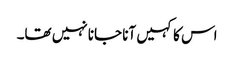
اس کا کہیں آنا جانا نہیں تھا۔